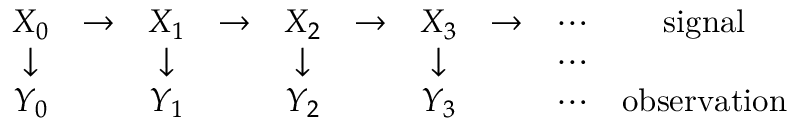
{ \begin{array} { c c c c c c c c c c } { X _ { 0 } } & { \to } & { X _ { 1 } } & { \to } & { X _ { 2 } } & { \to } & { X _ { 3 } } & { \to } & { \cdots } & { { \mathrm { s i g n a l } } } \\ { \downarrow } & & { \downarrow } & & { \downarrow } & & { \downarrow } & & { \cdots } & \\ { Y _ { 0 } } & & { Y _ { 1 } } & & { Y _ { 2 } } & & { Y _ { 3 } } & & { \cdots } & { { \mathrm { o b s e r v a t i o n } } } \end{array} }